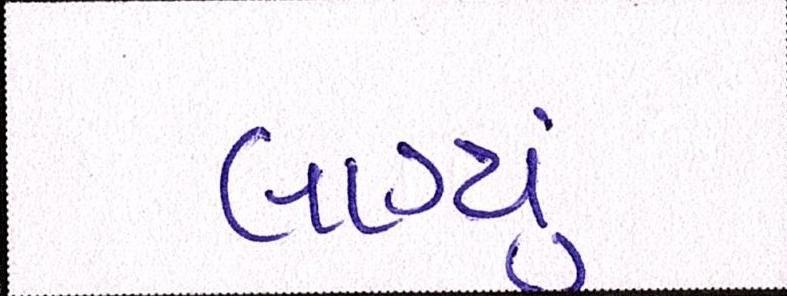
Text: લાગ્યું